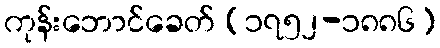
ကုန်းဘောင်ခေတ် (၁၇၅၂-၁၈၈၆)